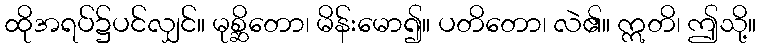
ထိုအရပ်၌ပင်လျှင်။ မုစ္ဆိတော၊ မိန်းမော၍။ ပတိတော၊ လဲ၏။ ဣတိ၊ ဤသို့။